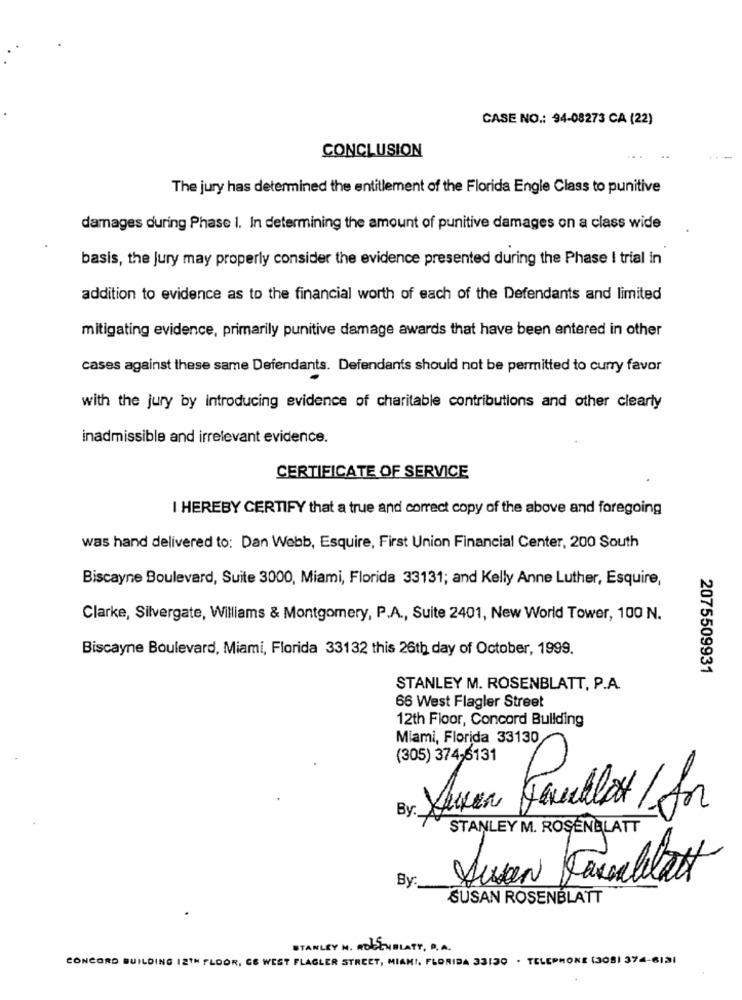
CASE NO .: 94-08273 CA (22)
CONCLUSION
...
The jury has determined the entitlement of the Florida Engle Class to punitive
damages during Phase 1. In determining the amount of punitive damages on a class wide
basis, the jury may properly consider the evidence presented during the Phase I trial in
addition to evidence as to the financial worth of each of the Defendants and limited
mitigating evidence, primarily punitive damage awards that have been entered in other
cases against these same Defendants. Defendants should not be permitted to curry favor
with the jury by introducing evidence of charitable contributions and other clearly
inadmissible and irrelevant evidence.
CERTIFICATE OF SERVICE
I HEREBY CERTIFY that a true and correct copy of the above and foregoing
was hand delivered to: Dan Webb, Esquire, First Union Financial Center, 200 South
Biscayne Boulevard, Suite 3000, Miami, Florida 33131; and Kelly Anne Luther, Esquire,
Clarke, Silvergate, Williams & Montgomery, P.A ., Suite 2401, New World Tower, 100 N.
Biscayne Boulevard, Miami, Florida 33132 this 26th day of October, 1999.
2075509931
STANLEY M. ROSENBLATT, P.A.
66 West Flagler Street
12th Floor, Concord Building
Miami, Florida 33130
(305) 374-6131
By:
STANLEY M. ROSENBLATT
By :_
SUSAN ROSENBLATT
STANLEY N. ROSENBLATT, P. A.
CONCORD BUILDING 12TH FLOOR, CE WEST FLAGLER STREET, MIAMI, FLORIDA 33130 . TELEPHONE (308) 374-6121